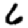
Digit: 6